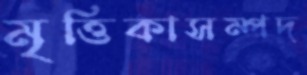
মৃত্তিকাসম্পদ